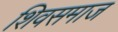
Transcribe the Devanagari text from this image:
शिवसमाज